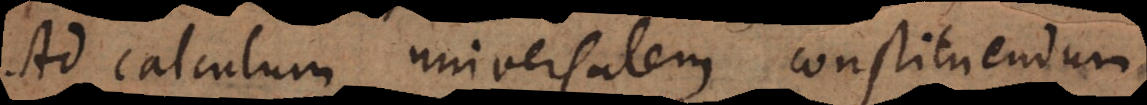
Ad calculum universalem constituendum